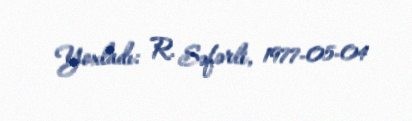
Yoxladı: R. Səfərli, 1977-05-04